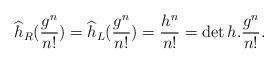
LaTeX: \begin{align*}\widehat{h}_R(\frac{g^n}{n!})=\widehat{h}_L(\frac{g^n}{n!})=\frac{h^n}{n!}=\det h. \frac{g^n}{n!}.\end{align*}